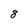
Character: 8